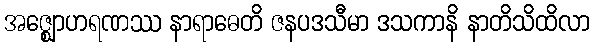
အဇ္ဈောဟရဏဿ နာရာဓေတိ ဇနပဒသီမာ ဒသကာနိ နာတိသိထိလာ